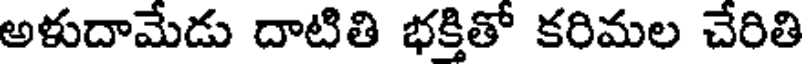
అళుదామేడు దాటితి భక్తితో కరిమల చేరితి